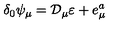
\delta _ { 0 } \psi _ { \mu } = \mathcal { D } _ { \mu } \varepsilon + e _ { \mu } ^ { a }